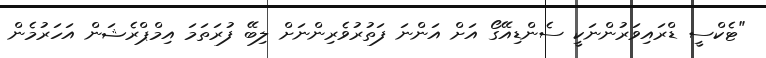
"ޓެކްސީ ޑްރައިވަރުންނަކީ ސެންޑިއޭގޯ އަށް އަންނަ ފަތުރުވެރިންނަށް ލިބޭ ފުރަތަމަ އިމްޕްރެޝަން އަހަރުމެން